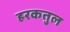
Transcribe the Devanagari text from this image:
हरकतुल